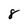
Character: 8